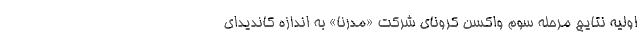
اولیه نتایج مرحله سوم واکسن کرونای شرکت «مُدرنا» به اندازه کاندیدای